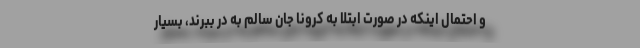
و احتمال اینکه در صورت ابتلا به کرونا جان سالم به در ببرند، بسیار